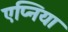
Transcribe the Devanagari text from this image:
एप्निया